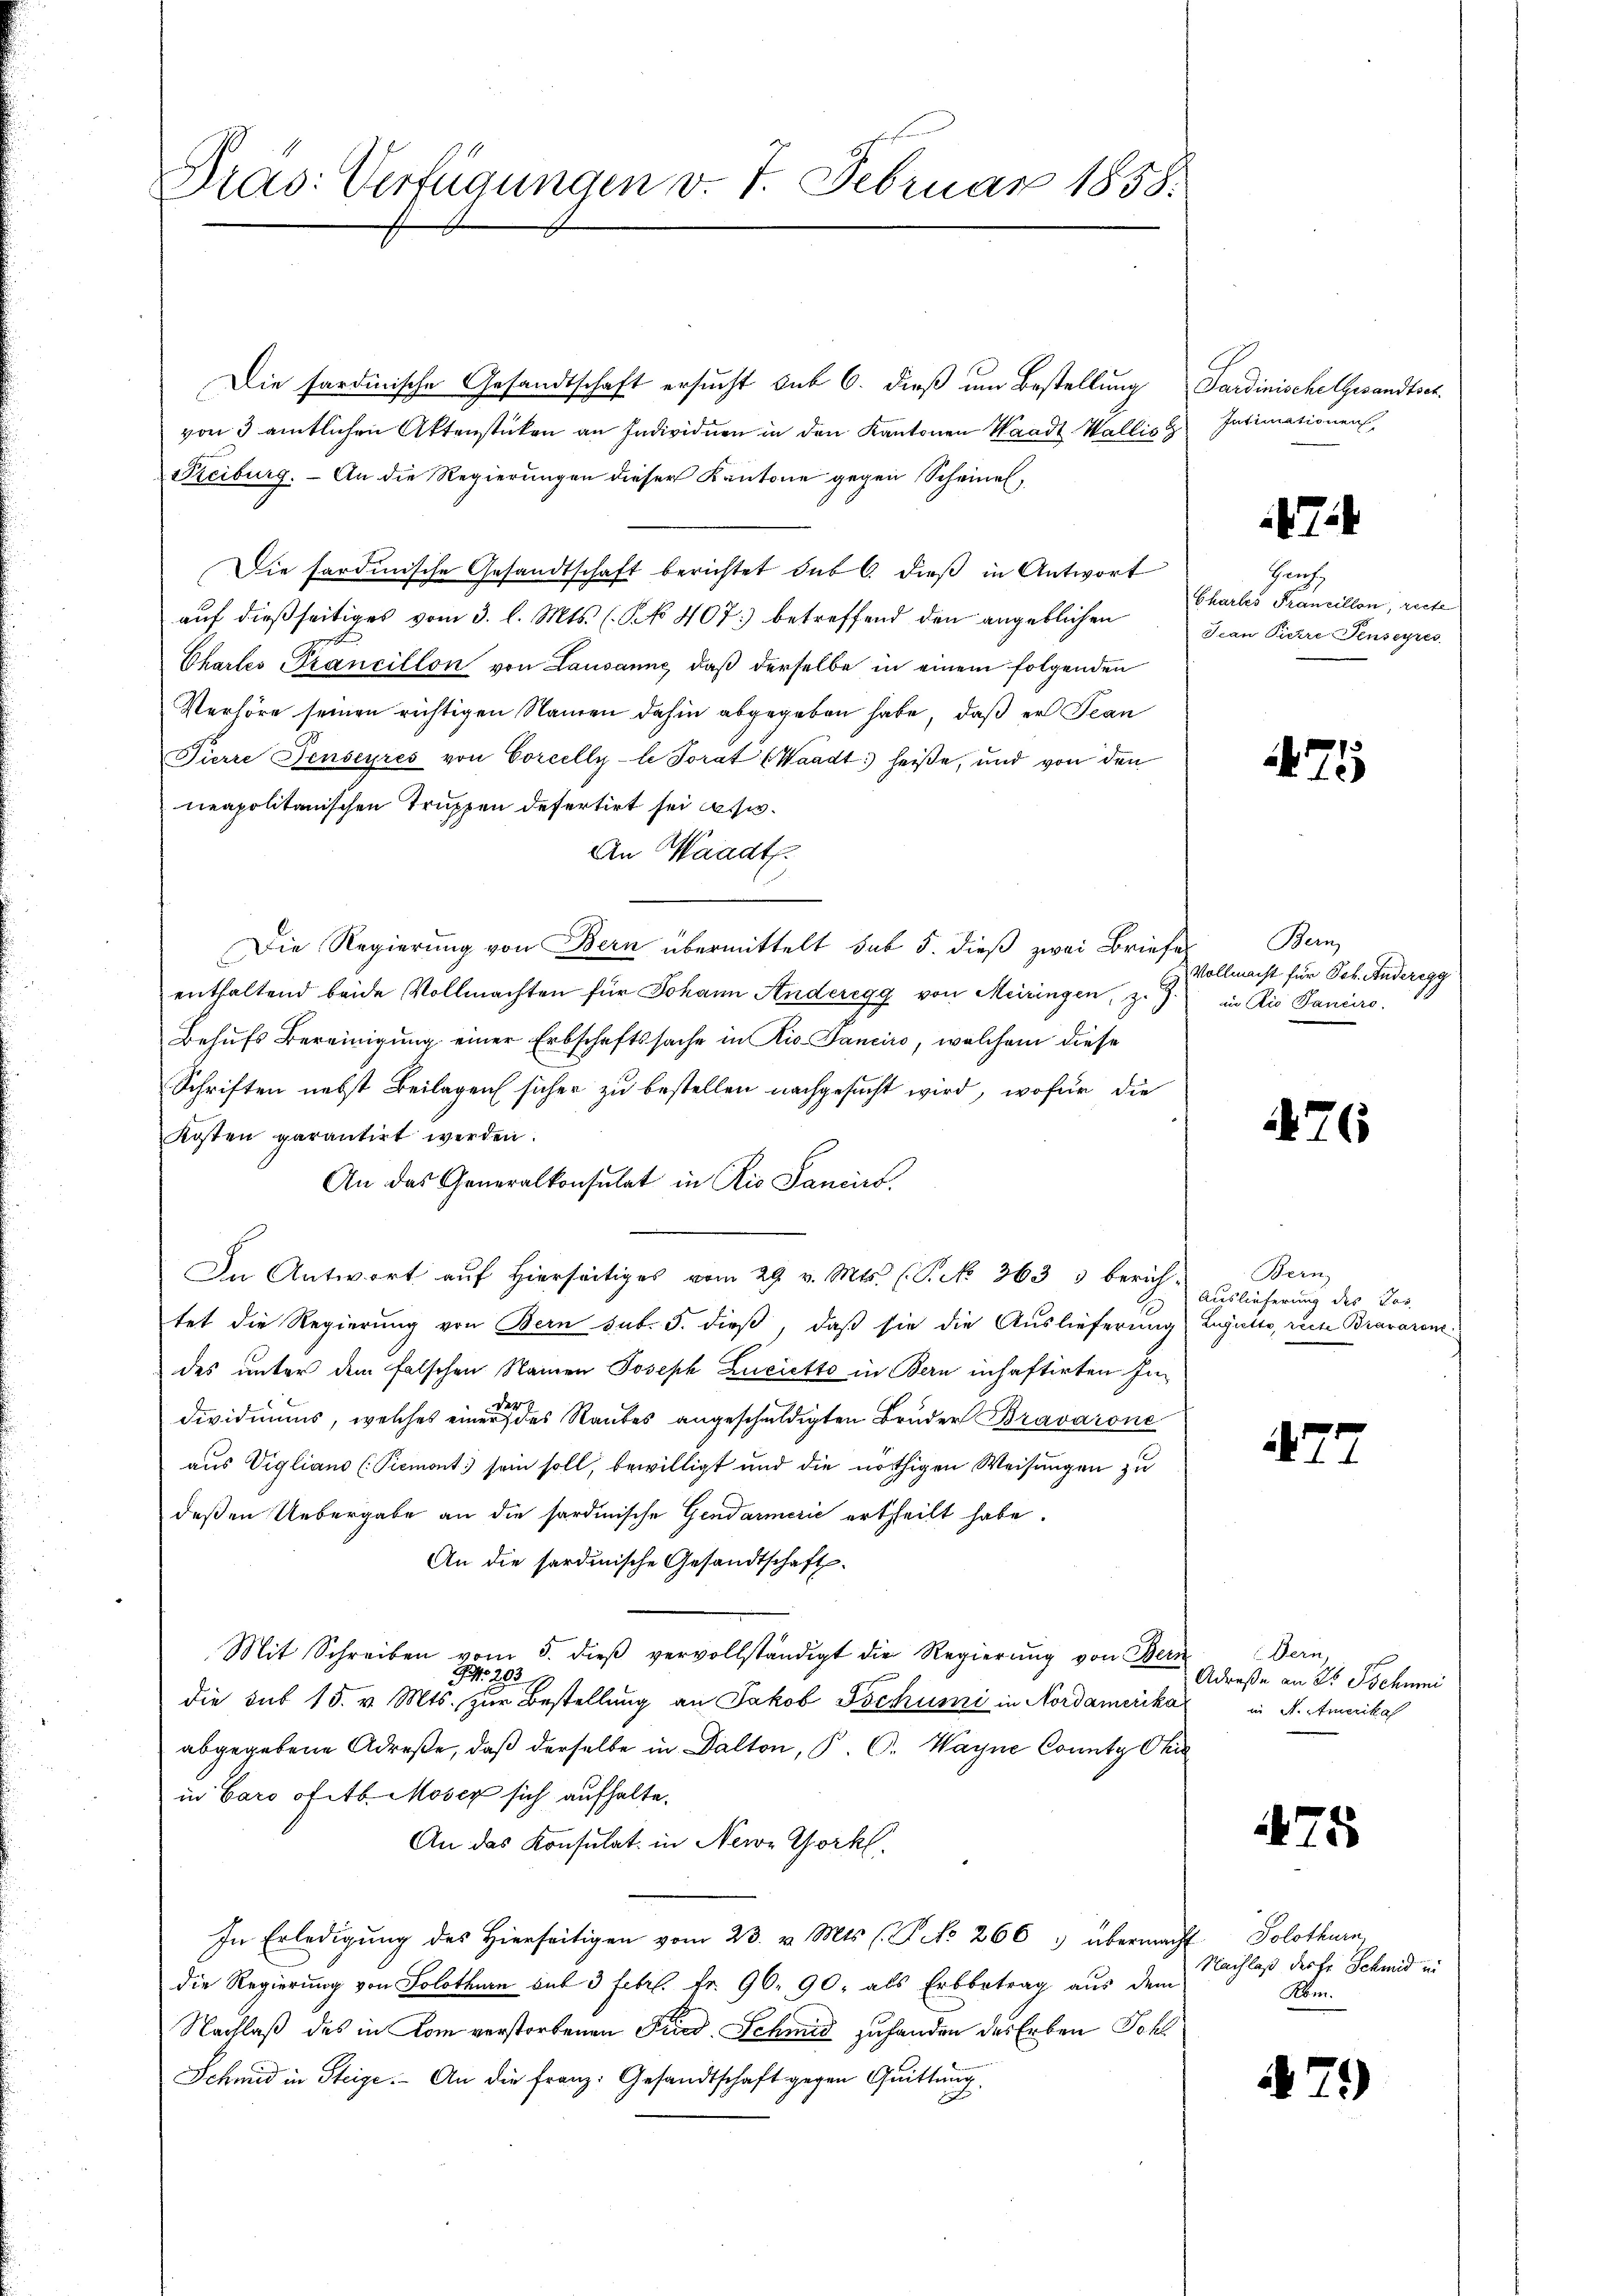
Dras: Verfügungen v. 7. Februar 1858:

Die sardinische Gesandtschaft ersucht sub 6. dieß um Bestellung Sardinische Gesandtsch
von 3 amtlichen Aktenstücken an Individuen in den Kantonen Waadt Wallis
Freiburg. - An die Regierungen dieser Kantone gegen Scheinal,
Die sardinische Gesandtschaft berichtet sub 6. dieß in Antwort
auf dießseitiges vom 3. l. Mts. (NN 407) betreffend den angeblichen
Chartes Prancillon von Lausanne, daß derselbe in einem folgenden
Verhöre seinen richtigen Namen dahin abgegeben habe, daß er Jean
Tierre Jenseyres von Corcelly-le Torat (Waadt) heiße, und von den
neapolitanischen Truppen defertirt sei usw.
An Waadt.
Die Regierung von Bern übermittelt sub 5. dieß zwei Briefe
enthaltend beide Vollmachten für Johann Anderegg von Meiringen, z. in Rio Paniero
Behufs Bereinigung einer Erbschaftssache in Ris. Janciro, welchem diese
Schriften nebst Beilagen sicher zu bestellen nachgesucht wird, wofür die
Kosten garantirt werden.
An das Generalkonsulat in Rio Sancis
In Antwort auf Hierseitiges vom 29. v. Mts. (T. No 363 3 berich-
tet die Regierung von Bern sub. J. dieß, daß sie die Auslieferung Luguito, reche Bravarendes unter dem falschen Namen Joseph Lucietto in Bern inhaftirten Individiums, welches einer des Raubes angeschuldigten Bruder Bravarone
aus Vigliano (Piemont sein soll, bewilligt und die nöthigen Weisungen zu
deßen Uebergabe an die hardinische Gendarmerić ertheilt habe.
An die sardinische Gesandtschaft.
Mit Schreiben vom 5. dieβ vervollständigt die Regierŭng von Bern
Nr. 2939
die sub 15. v. Mts. zur Bestellung an Jakob Jochumi in Nordamerika
abgegebene Adrese, daß derselbe in Dalton, P. C. Wayne County Ohi
in Caro ofetb. Moser sich aufhalte.
An das Konsulat in New York,
In Erledigung des Hierseitigen vom 23. v. Mts. (T. No 266 3 übermacht Solothurn,
die Regierung von Solothurn auf 3 Febr. Fr. 90. 90, als Erbbetrag aus dem
Nachlaß des in Kom verstorbenen Fried. Schmid zuhanden des Erben Sohl
Schmid in Steige. An die Franz: Gesandtschaft gegen Quittung.

Intimationen

Gant
Chartes Franzillon, recte
Jean Piere Penseyres

75

Bern
Vollmacht für Joh. Anderegg

76

Bern
Auslieferung des Jose

47

Dern.
Adreße an 2 Jochumi
in A. Amerikal

75

Nachlaß der fr. Schmid in
Kom.

479